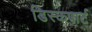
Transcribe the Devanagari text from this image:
डिस्कपार्ट